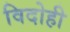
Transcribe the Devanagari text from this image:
विदोही